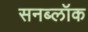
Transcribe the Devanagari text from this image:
सनब्लॉक